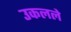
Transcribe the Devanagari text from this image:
उकलले